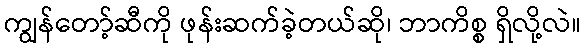
ကျွန်တော့်ဆီကို ဖုန်းဆက်ခဲ့တယ်ဆို၊ ဘာကိစ္စ ရှိလို့လဲ။